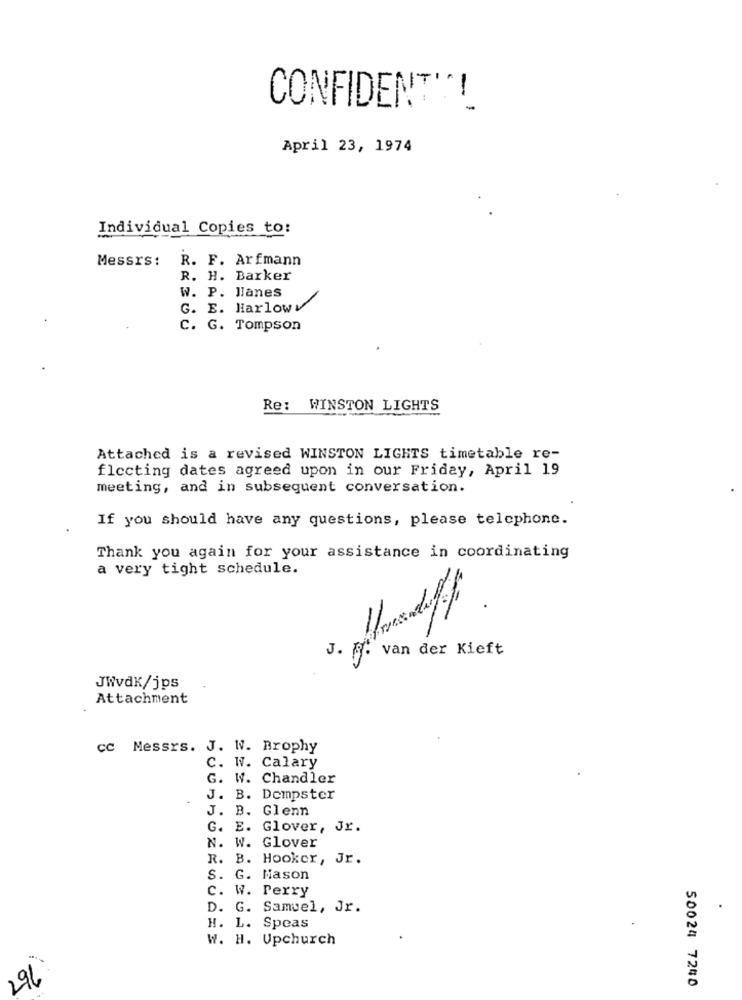
CONFIDENT'"!
April 23, 1974
Individual Copies to:
Messrs :
R. F. Arfmann
R. H. Barker
W. P. Hanes
G. E. Harlow
C. G. Tompson
Re: WINSTON LIGHTS
Attached is a revised WINSTON LIGHTS timetable re-
flecting dates agreed upon in our Friday, April 19
meeting, and in subsequent conversation.
If you should have any questions, please telephone.
Thank you again for your assistance in coordinating
a very tight schedule.
1
J. M. van der Kieft
JWvdk/jps
Attachment
CC Messrs. J. W. Brophy
C. W. Calary
G. W. Chandler
J. B. Dempster
J. B. Glenn
G. E. Glover, Jr.
N. W. Glover
R. B. Hooker, Jr.
S.
G. Mason
c. W. Perry
D. G. Samuel, Jr.
H. L. Speas
W. H. Upchurch
296
50024 7240